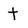
Character: t